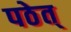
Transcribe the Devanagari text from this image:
पठेत्‌